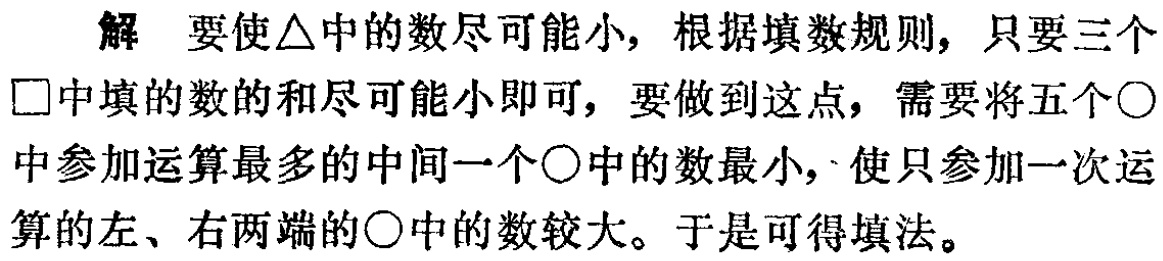
解 要使\(\triangle\)中的数尽可能小，根据填数规则，只要三个\(\square\)中填的数的和尽可能小即可，要做到这点，需要将五个\(\bigcirc\)中参加运算最多的中间一个\(\bigcirc\)中的数最小，使只参加一次运算的左、右两端的\(\bigcirc\)中的数较大。于是可得填法。